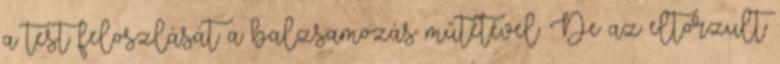
a test feloszlását a balzsamozás műtétével. De az eltorzult